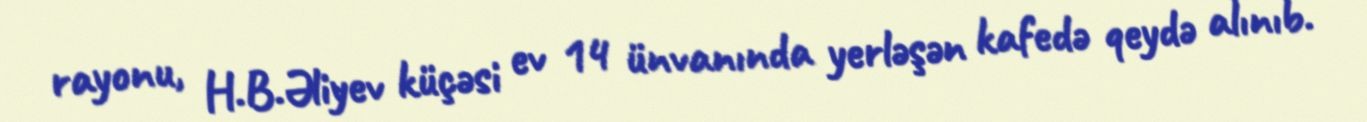
rayonu, H.B.Əliyev küçəsi ev 14 ünvanında yerləşən kafedə qeydə alınıb.